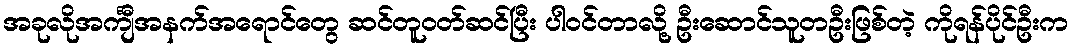
အခုလိုအင်္ကျီအနက်အရောင်တွေ ဆင်တူဝတ်ဆင်ပြီး ပါဝင်တာလို့ ဦးဆောင်သူတဦးဖြစ်တဲ့ ကိုရန်ပိုင်ဦးက